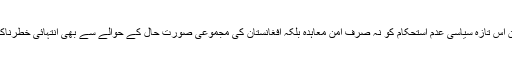
تجزیہ کار اور ماہرین اس تازہ سیاسی عدم استحکام کو نہ صرف امن معاہدہ بلکہ افغانستان کی مجموعی صورت حال کے حوالے سے بھی انتہائی خطرناک قرار دے رہے ہیں۔